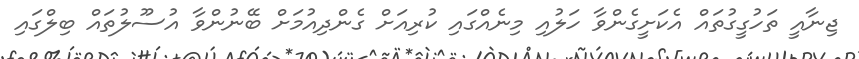
ޖިނާއީ ތަހުގީގުތައް އެކަށީގެންވާ ހަލުއި މިނެއްގައި ކުރިއަށް ގެންދިއުމަށް ބޭނުންވާ އުސޫލުތައް ބިލްގައި